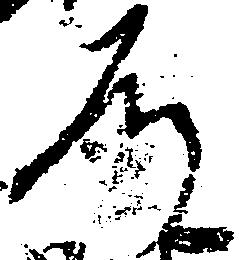
道